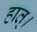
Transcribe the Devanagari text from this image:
हात्।